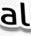
al